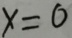
x = 0